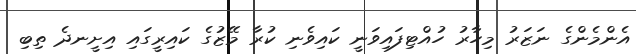
އެންމެންގެ ނަޒަރު މިހާރު ހުއްޓިފައިވަނީ ކައިވެނި ކުރާ މޭޒުގެ ކައިރީގައި އިށީނދެ ތިބި